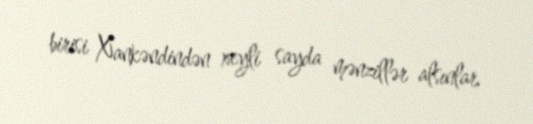
birisi Xankəndindən xeyli sayda mənzillər alsınlar.